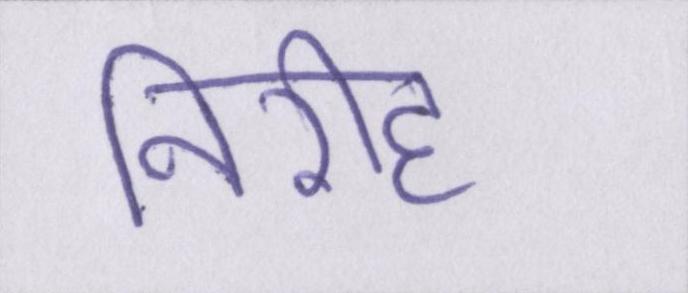
निरीह